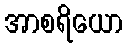
အာစရိယော